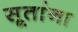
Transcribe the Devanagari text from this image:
सूतांना